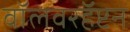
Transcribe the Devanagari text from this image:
वॉलवरहॅप्टन